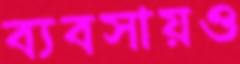
ব্যবসায়ও